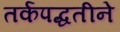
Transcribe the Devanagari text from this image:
तर्कपद्धतीने